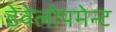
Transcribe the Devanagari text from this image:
डेवेलोपमेन्ट